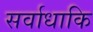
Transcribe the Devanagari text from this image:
सर्वाधाकि